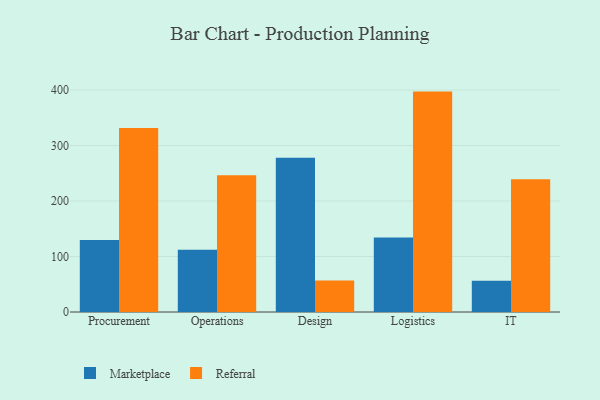
{"axis": {"x": "Department", "y": "Market Share (%)"}, "legend": ["Marketplace", "Referral"], "data": [{"x": "Procurement", "y": 129.9, "type": "Marketplace"}, {"x": "Procurement", "y": 331.6, "type": "Referral"}, {"x": "Operations", "y": 112.3, "type": "Marketplace"}, {"x": "Operations", "y": 246.3, "type": "Referral"}, {"x": "Design", "y": 277.7, "type": "Marketplace"}, {"x": "Design", "y": 56.8, "type": "Referral"}, {"x": "Logistics", "y": 134.2, "type": "Marketplace"}, {"x": "Logistics", "y": 397.1, "type": "Referral"}, {"x": "IT", "y": 56.1, "type": "Marketplace"}, {"x": "IT", "y": 239.0, "type": "Referral"}]}